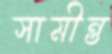
সামীন্ত